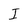
Character: I